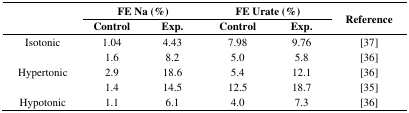
<table><thead><tr><td rowspan="2"></td><td colspan="2"><b>FE Na (%)</b></td><td colspan="2"><b>FE Urate (%)</b></td><td rowspan="2"><b>Reference</b></td></tr><tr><td><b>Control</b></td><td><b>Exp.</b></td><td><b>Control</b></td><td><b>Exp.</b></td></tr></thead><tbody><tr><td>Isotonic</td><td>1.04</td><td>4.43</td><td>7.98</td><td>9.76</td><td>[37]</td></tr><tr><td></td><td>1.6</td><td>8.2</td><td>5.0</td><td>5.8</td><td>[36]</td></tr><tr><td>Hypertonic</td><td>2.9</td><td>18.6</td><td>5.4</td><td>12.1</td><td>[36]</td></tr><tr><td></td><td>1.4</td><td>14.5</td><td>12.5</td><td>18.7</td><td>[35]</td></tr><tr><td>Hypotonic</td><td>1.1</td><td>6.1</td><td>4.0</td><td>7.3</td><td>[36]</td></tr></tbody></table>